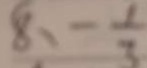
8 , - \frac { 1 } { 3 }